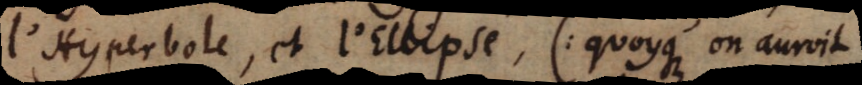
l’Hyperbole, et l’Ellipse, (:quoyque on auroit